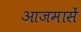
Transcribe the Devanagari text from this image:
आजमासें